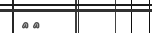
٨٨